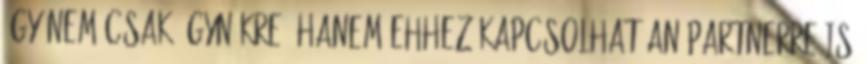
így nem csak ügynökre, hanem ehhez kapcsolhatóan partnerre is